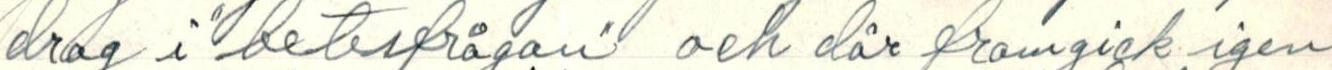
drag i beterfrågan och där framgick igen